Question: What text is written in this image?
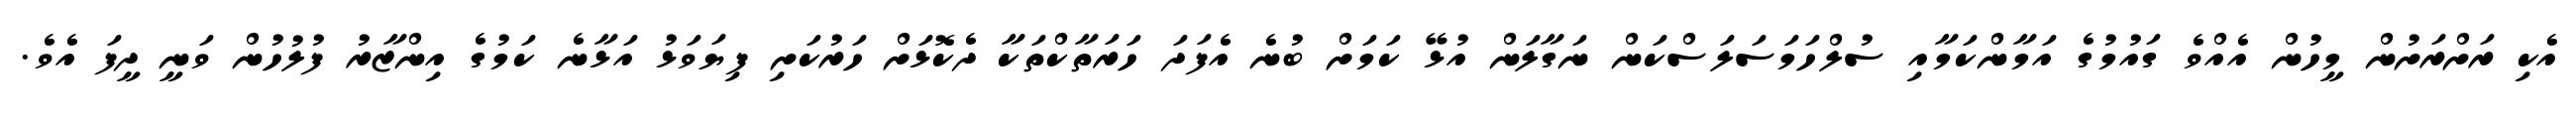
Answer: އެކި ރަށްރަށުން މީހުން އެއްވެ ގައުމުގެ އަމާންކަމާއި ސުލްހަމަސަލަސްކަން ނަގާލަން އުޅޭ ކަމަށް ބުނެ އެފަދަ ހަރަތާކްތަކާ ދެކޮޅަށް ހަރުކަށި ފިޔަވަޅު އަޅާނެ ކަމުގެ އިންޒާރު ފުލުހުން ވަނީ ދީފަ އެވެ.